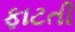
ફાટતી